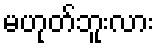
မဟုတ်ဘူးလား